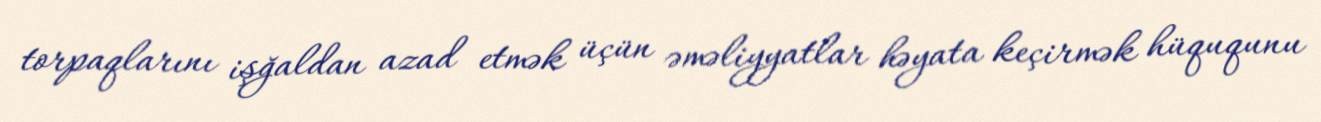
torpaqlarını işğaldan azad etmək üçün əməliyyatlar həyata keçirmək hüququnu